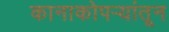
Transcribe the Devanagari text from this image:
कानाकोपर्‍यांतून